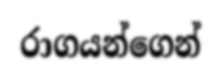
රාගයන්ගෙන්